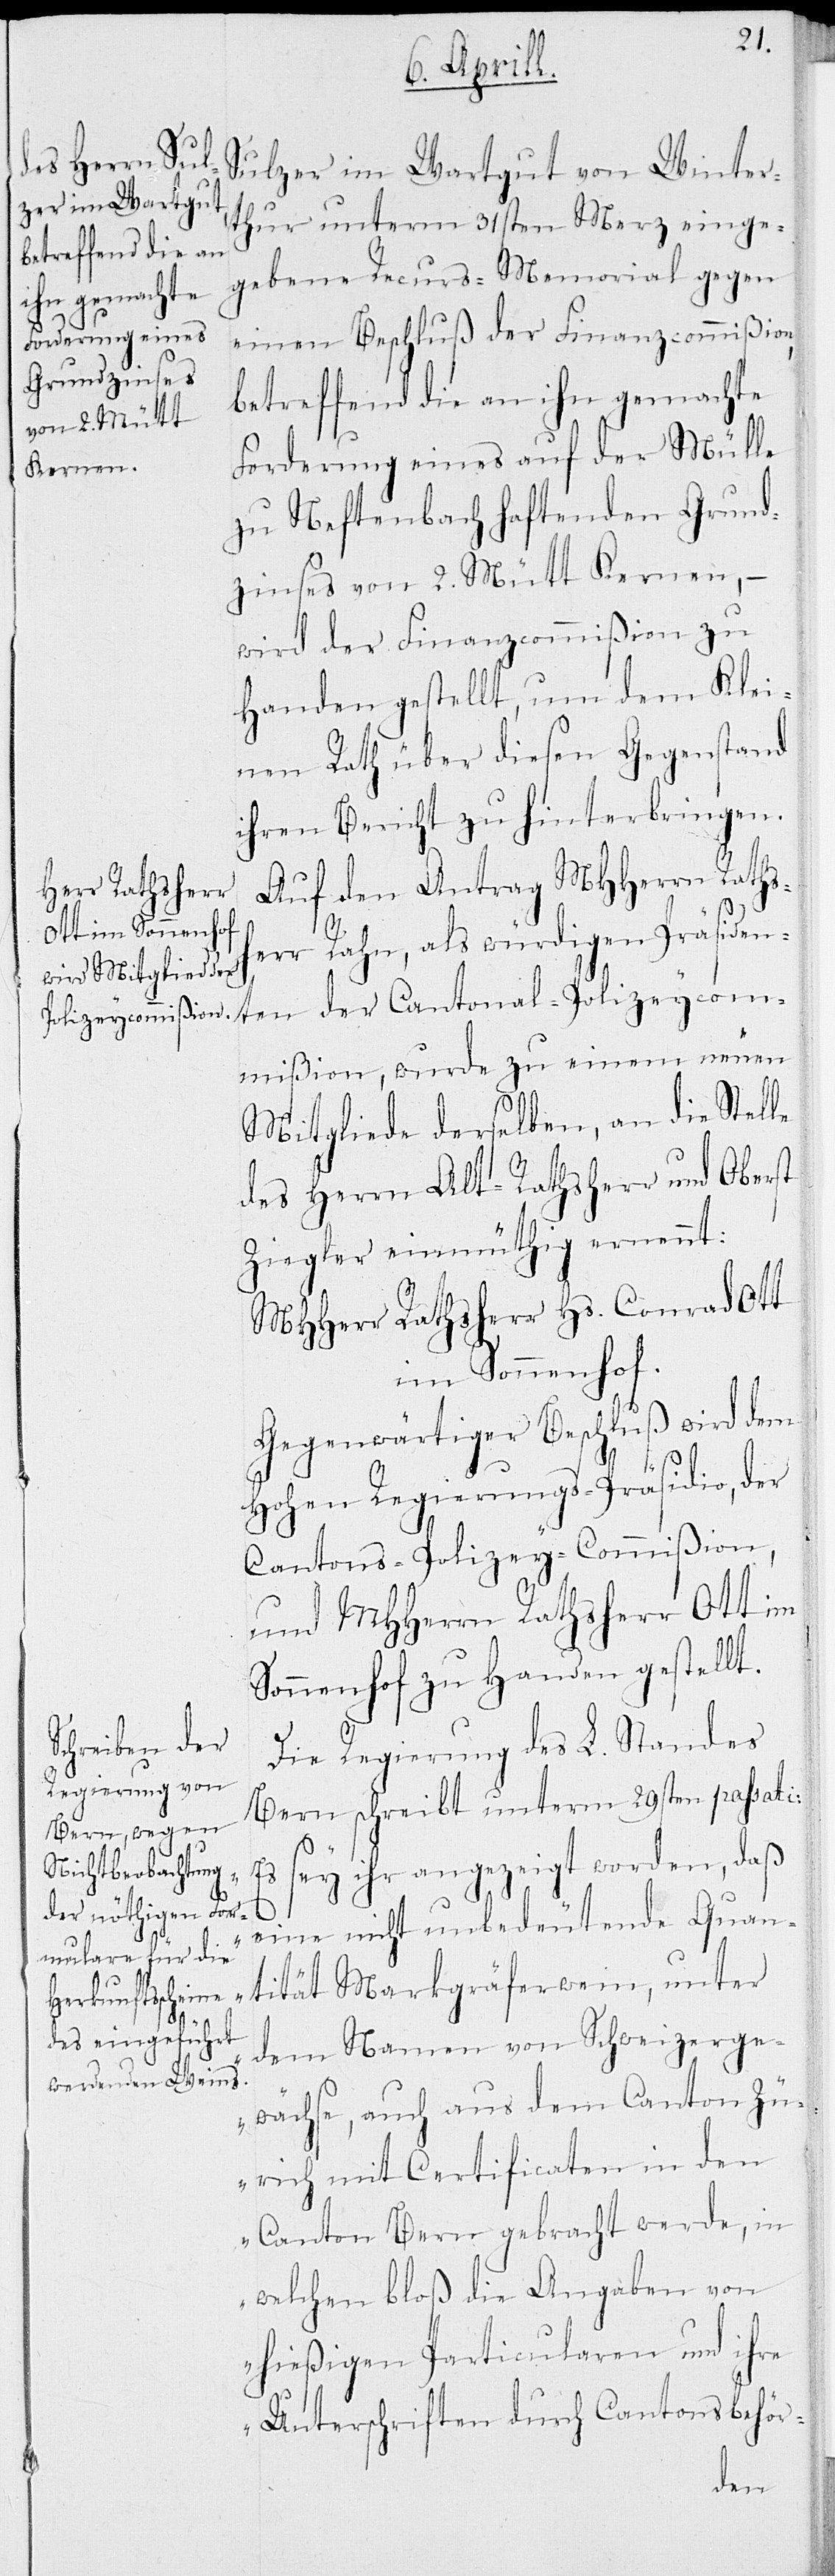
Sulzer im Wartgut von Winter¬
thur unterm 31sten Merz einge¬
gebene Recurs-Memorial gegen
einen Beschluß der Finanzcommißion,
betreffend die an ihn gemachte
Forderung eines auf der Mülle
zu Neftenbach haftenden Grund¬
zinses von 2. Mütt Kernen, –
wird der Finanzcommißion zu
Handen gestellt, um dem Klei¬
nen Rath über diesen Gegenstand
ihren Bericht zu hinterbringen.
Auf den Antrag MHHerrn Rathsh¬
err Rahn, als würdigen Präsiden¬
ten der Cantonal-Policeycom¬
mißion, wurde zu einem neuen
Mitgliede derselben, an die Stelle
des Herrn Alt-Rathsherr und Oberst
Ziegler einmüthig ernennt:
MHHerr Rathsherr Hs. Conrad Ott
im Sonnenhof.
Gegenwärtiger Beschluß wird dem
Hohen Regierungs-Präsidio, der
Cantons-Policey-Commißion,
und MHHerrn Rathsherr Ott im
Sonnenhof zu Handen gestellt.
Die Regierung des L. Standes
Bern schreibt unterm 29sten passati:
„Es sey ihr angezeigt worden, daß
eine nicht unbedeutende Quan¬
tität Markgräferwein, unter
dem Namen von Schweizerge¬
wächse, auch aus dem Canton Zü¬
rich mit Certificaten in den
Canton Bern gebracht werde, in
welchen bloß die Angaben von
hießigen Particularen und ihren
Unterschriften durch Cantonsbehör-